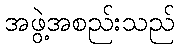
အဖွဲ့အစည်းသည်